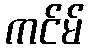
ကင်မ်